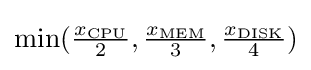
{\textstyle \min({x_{\mathrm {CPU} } \over 2},{x_{\mathrm {MEM} } \over 3},{x_{\mathrm {DISK} } \over 4})}